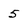
Character: 5